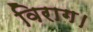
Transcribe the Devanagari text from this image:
विराग।